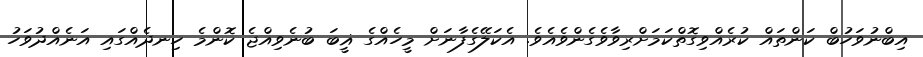
އިބްނުވަހުބް ކަންތައް ކުރެއްވިގޮތްކަމަށްރިވާވެގެންވެއެވެ. އެކަލޭގެފާނަށް މީހެއްގެ ޣީބަ ބުނެވިއްޖެ ކޮންމެ ހިނދެއްގައި އަނެއްދުވަހު